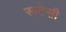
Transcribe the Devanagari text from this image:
रूटेसी